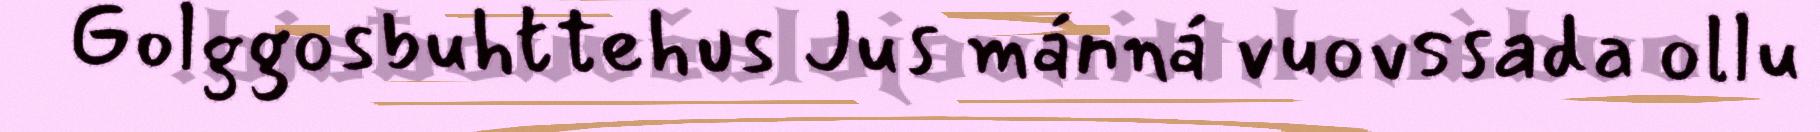
Golggosbuhttehus Jus mánná vuovssada ollu